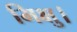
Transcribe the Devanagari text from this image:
भिक्षु।